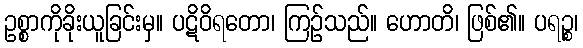
ဥစ္စာကိုခိုးယူခြင်းမှ။ ပဋိဝိရတော၊ ကြဉ်သည်။ ဟောတိ၊ ဖြစ်၏။ ပရဉ္စ၊